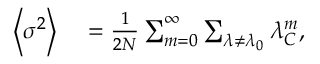
\begin{array} { r l } { \left\langle \sigma ^ { 2 } \right\rangle } & { { } = \frac { 1 } { 2 N } \sum _ { m = 0 } ^ { \infty } \sum _ { \lambda \neq \lambda _ { 0 } } { \lambda _ { C } ^ { m } } , } \end{array}